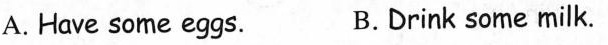
A. Have some eggs. B.Drink some milk.